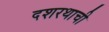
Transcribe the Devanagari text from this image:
दशरथाची